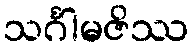
သင်္ဂါမဇိဿ